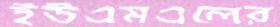
ইউএমএলের